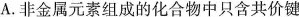
A.非金属元素组成的化合物中只含共价键